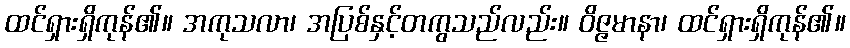
ထင်ရှားရှိကုန်၏။ အကုသလာ၊ အပြစ်နှင့်တကွသည်လည်း။ ဝိဇ္ဇမာနာ၊ ထင်ရှားရှိကုန်၏။